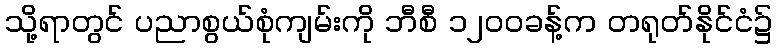
သို့ရာတွင် ပညာစွယ်စုံကျမ်းကို ဘီစီ ၁၂၀၀ခန့်က တရုတ်နိုင်ငံ၌